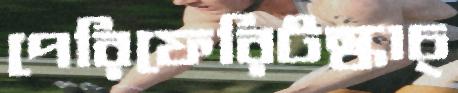
পেরিফেরিটস্‌কাচ্